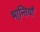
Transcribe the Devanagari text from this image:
भा्न्तियाँ